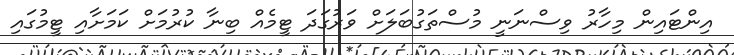
އިންޓައިން މިހާރު ވިސްނަނީ މުސްތަގުބަލަށް ވަރުގަދަ ޓީމެއް ބިނާ ކުރުމަށް ކަމަށާއި ޓީމުގައި